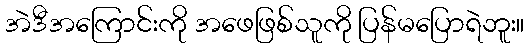
အဲဒီအကြောင်းကို အဖေဖြစ်သူကို ပြန်မပြောရဲဘူး။